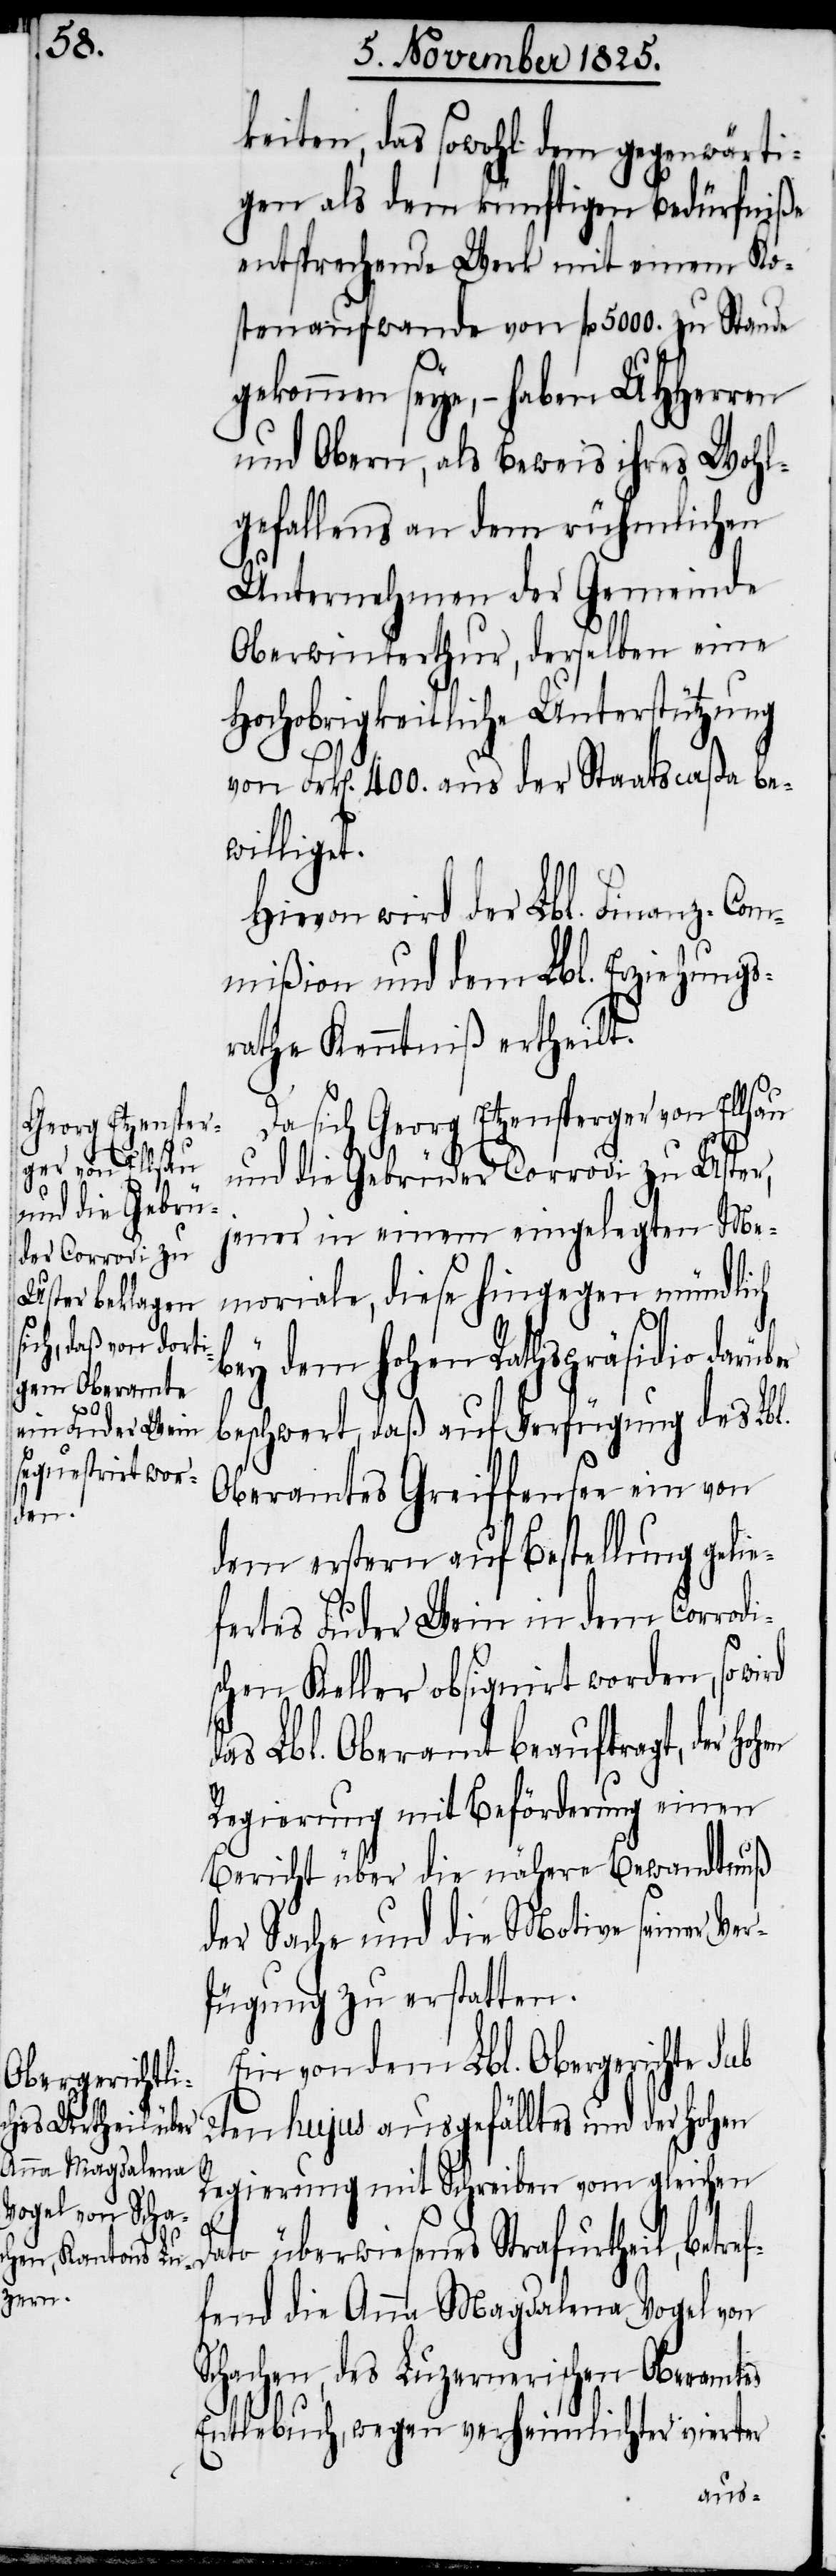
ber

keiten, das sowohl dem gegenwärti¬
gen als dem künftigen Bedürfniße
entsprechende Werk mit einem Ko¬
stenaufwande von fl. 5000. zu Stande
gekommen seye, – haben UHHerren
und Obern, als Beweis ihres Wohl¬
gefallens an dem rühmlichen
Unternehmen der Gemeinde
Oberwinterthur, derselben eine
Hochobrigkeitliche Unterstützung
von Frk[en]. 400. aus der Staatscaßa be¬
williget.
Hievon wird der Lbl. Finanz-Com¬
mißion und dem Lbl. Erziehungs¬
rathe Kenntniß ertheilt.
Da sich Georg Etzensperger von Ellsau
und die Gebrüder Corrodi zu Uster,
jener in einem eingelegten Me¬
moriale, diese hingegen mündlich
bey dem hohen Rathspräsidio darü¬
beschwert, daß auf Verfügung des Lbl.
Oberamtes Greiffensee ein von
dem erstern auf Bestellung gelie¬
fertes Luder Wein in dem Corrodi¬
schen Keller obsignirt worden, so wird
das Lbl. Oberamt beauftragt, der
Regierung mit Beförderung einen
Bericht über die nähere Bewandnuß
der Sache und die Motive seiner Ver¬
fügung zu erstatten.
Ein von dem Lbl. Obergerichte sub
2ten hujus ausgefälltes und der hohen
Regierung mit Schreiben vom gleichen
Dato überwiesenes Strafurtheil, betre¬
ffend die Anna Magdalena Vogel von
Schachen, des Luzernerischen Oberamtes
Entlebuch, wegen verheimlichter vierter